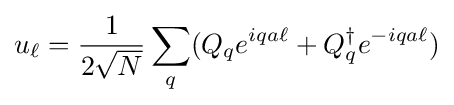
u_{\ell }={\frac {1}{2{\sqrt {N}}}}\sum _{q}(Q_{q}e^{iqa\ell }+Q_{q}^{\dagger }e^{-iqa\ell })